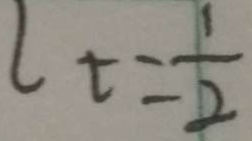
l _ { t } = \frac { 1 } { 2 }